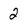
Character: 2